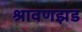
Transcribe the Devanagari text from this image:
श्रावणझड